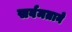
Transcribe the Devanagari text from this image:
सर्वमताने